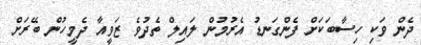
ދެން ވަކި ހިސާބަކަށް ފެންގަނޑު އެރުމުން ލައިލް ތެދުވެ ޒަވީއާ ދެމީހުން ބޭރަށް